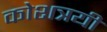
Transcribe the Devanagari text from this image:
कोशत्रयी